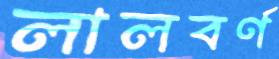
লালবর্ণ